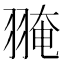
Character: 𦑎